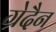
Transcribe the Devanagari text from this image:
ग्रेदैन